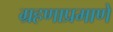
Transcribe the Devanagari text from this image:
ग्रहणाप्रमाणे